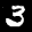
Label: 3